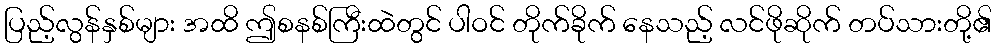
ပြည့်လွန်နှစ်များ အထိ ဤစနစ်ကြီးထဲတွင် ပါဝင် တိုက်ခိုက် နေသည့် လင်ဖိုဆိုက် တပ်သားတို့၏